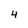
Character: 4